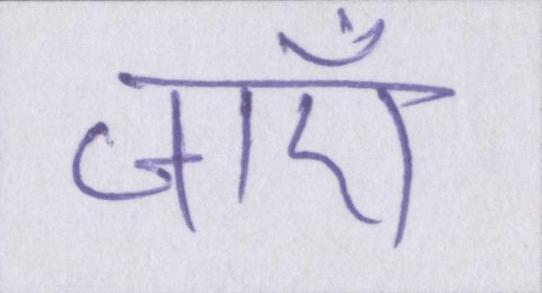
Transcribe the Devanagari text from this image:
जाँए